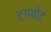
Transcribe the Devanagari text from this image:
टगबोट